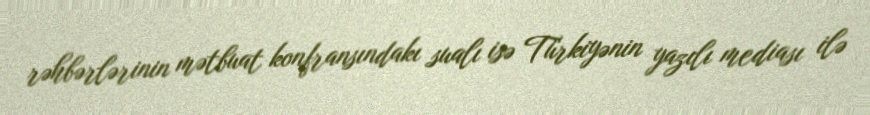
rəhbərlərinin mətbuat konfransındakı sualı isə Türkiyənin yazılı mediası ilə